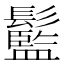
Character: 䰐